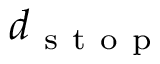
d _ { \mathrm { ~ s ~ t ~ o ~ p ~ } }